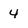
Character: 4